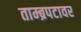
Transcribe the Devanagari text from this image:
ताम्ब्रपटावर